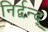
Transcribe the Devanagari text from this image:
निर्द्वन्द्